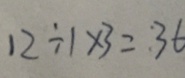
1 2 \div 1 \times 3 = : 3 6